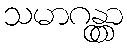
သမာဂန္တွာ